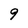
Character: 9